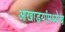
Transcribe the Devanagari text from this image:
आखाड्यांमध्येच